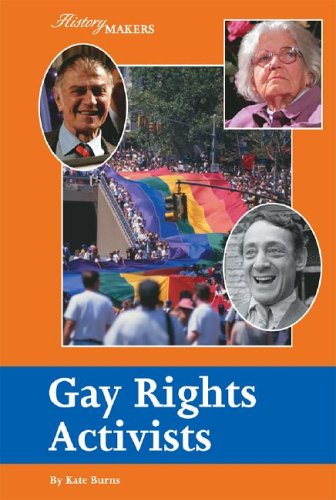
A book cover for Gay Rights Activists (History Makers); Kate Burns; Teen & Young Adult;